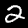
Digit: 2